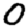
Digit: 0